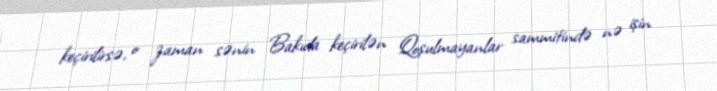
keçirilirsə, o zaman sənin Bakıda keçirilən Qoşulmayanlar sammitində nə işin